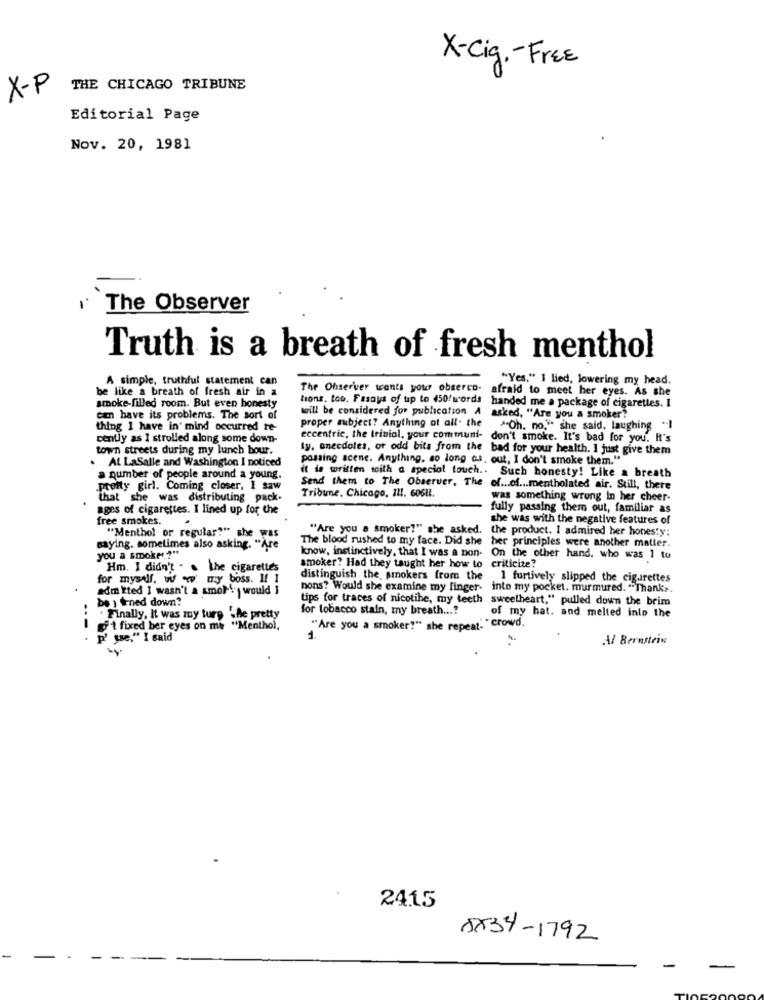
X-Cig .- Free
X-P
THE CHICAGO TRIBUNE
Editorial Page
Nov. 20, 1981
The Observer
Truth is a breath of fresh menthol
A simple, truthful statement can
"Yes." I lied, lowering my head.
be like a breath of fresh air in a
The Observer wants your obserco.
afraid to meet her eyes. As she
smoke-filled room. But even honesty
tions. tou. Fasays of up to 450/ words
will be considered for publication A
handed me a package of cigarettes. I
cen have its problems. The sort of
proper subject? Anything of all. the
asked, "Are you a smoker?
thing I have in' mind occurred te-
"Oh. no," she said, laughing .I
cently as 1 strolled along some down-
eccentric, the trivial, your communi- don't smoke. It's bad for you. It's
town streets during my lunch bour.
ly. anecdotes, or odd bits from the bad for your health. I just give them
At LaSalle and Washington I noticed
possing scene. Anything, so long as, out, I don't smoke them."
a number of people around a young.
it is written with a special touch .. Such honesty! Like a breath
pretty girl. Coming closer, I saw
Send them to The Observer, The of ... of ... mentholated air. Still, there
Tribune, Chicago, Il !. 6061.
that she was distributing pack.
was something wrong in her cheer-
ages of cigarettes. I lined up for the
fully passing them out, familiar as
free smokes.
she was with the negative features of
"Are you a smoker?" she asked. the product. I admired her honesty:
"Menthol or regular?" she was
The blood rushed to my face. Did she
her principles were another matter.
saying. sometimes also asking. "Are
you a smoke?"
know, instinctively, that I was a non- On the other hand, who was 1 to
Hm. I didn't . . the cigarettes
smoker? Had they taught her how to criticize?
for myself, w w my boss. 1 1
distinguish the, smokers from the
I furtively slipped the cigarettes
admitted I wasn't a amor!'s would ]
bons? Would she examine my finger- into my pocket. murmured. "Thanks.
tips for traces of nicotine, my teeth sweetheart," pulled down the brim
be ) trned down?
for tobacco stain, my breath ...?
. Finally, It was my tury . Ae pretty
of my hat. and melted into the
---
git fixed ber eyes on me "Menthol,
"Are you a smoker?" she repeat: " crowd,
p' yse," I said
1.
Al Bernstein
24.15
5534-1792